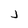
Character: j